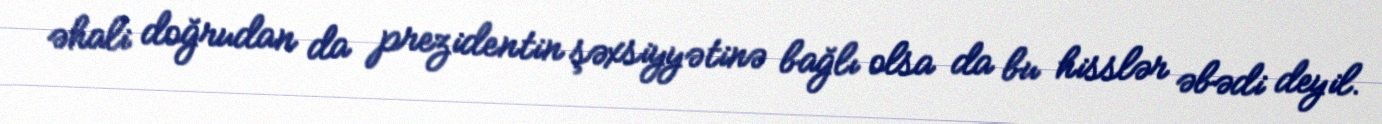
əhali doğrudan da prezidentin şəxsiyyətinə bağlı olsa da bu hisslər əbədi deyil.